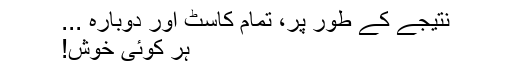
نتیجے کے طور پر، تمام کاسٹ اور دوبارہ ...
ہر کوئی خوش!